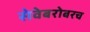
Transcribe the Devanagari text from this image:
सेवेबरोबरच